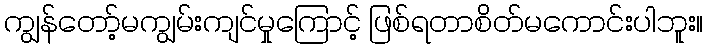
ကျွန်တော့်မကျွမ်းကျင်မှုကြောင့် ဖြစ်ရတာစိတ်မကောင်းပါဘူး။